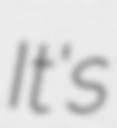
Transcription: It's